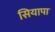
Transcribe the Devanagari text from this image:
सियापा